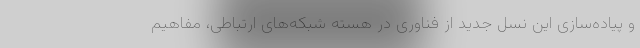
و پیاده‌سازی این نسل جدید از فناوری در هسته شبکه‌های ارتباطی، مفاهیم